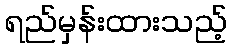
ရည်မှန်းထားသည့်